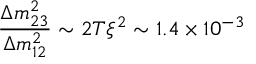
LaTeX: \frac { \Delta m _ { 2 3 } ^ { 2 } } { \Delta m _ { 1 2 } ^ { 2 } } \sim 2 T \xi ^ { 2 } \sim 1 . 4 \times 1 0 ^ { - 3 }